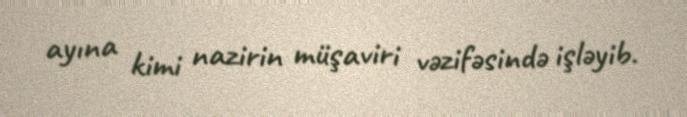
ayına kimi nazirin müşaviri vəzifəsində işləyib.